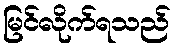
မြင်လိုက်ရသည်